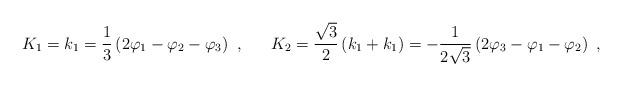
LaTeX: \begin{align*} K_1 = k_1 = \frac 13 \left(2\varphi_1 - \varphi_2 - \varphi_3\right)~, ~~~~~ K_2 = \frac {\sqrt 3}{2}\left(k_1 + k_1\right) = - \frac {1}{2\sqrt 3} \left(2 \varphi_3 - \varphi_1 - \varphi_2 \right)~,\end{align*}